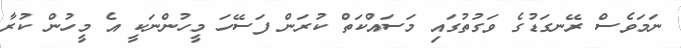
ނަމަވެސް ރޭނގަޑުގެ ވަގުތުގައި މަސައްކަތް ކުރަން ފަސޭހަ މީހުންނަކީ އެ މީހުން ކުރާ